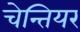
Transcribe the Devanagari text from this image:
चेन्तियर